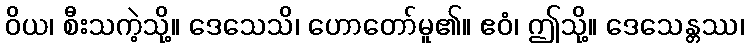
ဝိယ၊ စီးသကဲ့သို့။ ဒေသေသိ၊ ဟောတော်မူ၏။ ဧဝံ၊ ဤသို့။ ဒေသေန္တဿ၊